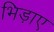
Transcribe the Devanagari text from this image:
भिड़ाए